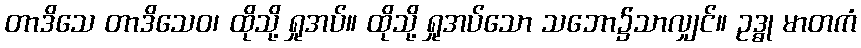
တာဒိသေ တာဒိသေဝ၊ ထိုသို့ ရှုအပ်။ ထိုသို့ ရှုအပ်သော သဘော၌သာလျှင်။ ဥဒ္ဓု မာတကံ